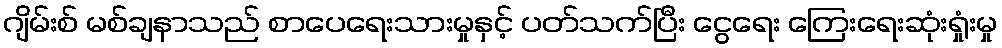
ဂျိမ်းစ် မစ်ချနာသည် စာပေရေးသားမှုနှင့် ပတ်သက်ပြီး ငွေရေး ကြေးရေးဆုံးရှုံးမှု